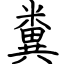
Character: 糞